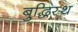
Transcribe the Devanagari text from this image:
बुद्धिस्थ